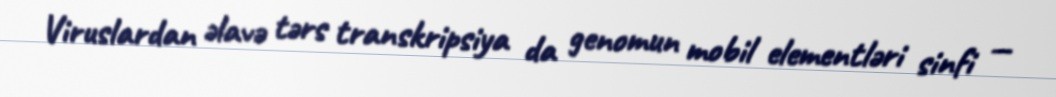
Viruslardan əlavə tərs transkripsiya da genomun mobil elementləri sinfi —